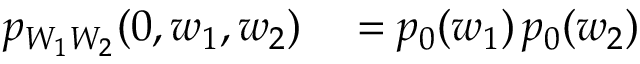
\begin{array} { r l } { p _ { W _ { 1 } W _ { 2 } } ( 0 , w _ { 1 } , w _ { 2 } ) } & { { } = p _ { 0 } ( w _ { 1 } ) \, p _ { 0 } ( w _ { 2 } ) } \end{array}